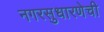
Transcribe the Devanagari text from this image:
नगरसुधारणेची